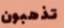
تذهبون